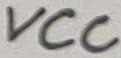
Text: VCC